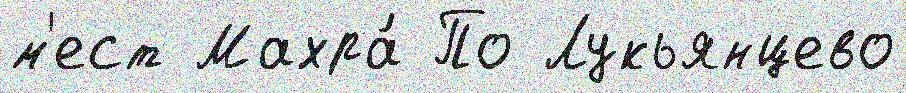
м'ест Махра́ По Лукьянцево